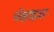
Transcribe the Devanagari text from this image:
मॉश्चराइजर